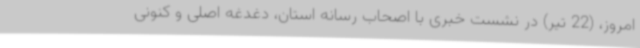
امروز، (22 تیر) در نشست خبری با اصحاب رسانه استان، دغدغه اصلی و کنونی